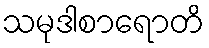
သမုဒါစာရောတိ